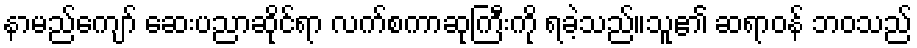
နာမည်ကျော် ဆေးပညာဆိုင်ရာ လက်စကာဆုကြီးကို ရခဲ့သည်။သူ၏ ဆရာဝန် ဘဝသည်